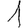
Digit: 1